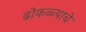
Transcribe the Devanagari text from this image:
ढोकळ्याचे